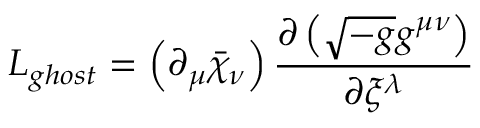
{ \cal L } _ { g h o s t } = \left( \partial _ { \mu } \bar { \chi } _ { \nu } \right) \frac { \partial \left( \sqrt { - g } g ^ { \mu \nu } \right) } { \partial \xi ^ { \lambda } }